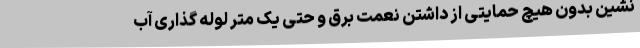
نشین بدون هیچ حمایتی از داشتن نعمت برق و حتی یک متر لوله گذاری آب